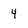
Character: 4